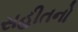
સહીતનો